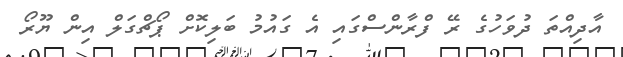
އާދިއްތަ ދުވަހުގެ ރޭ ފްރާންސްގައި އެ ގައުމު ބަލިކޮށް ޕޯޗްގަލް އިން ޔޫރޯ